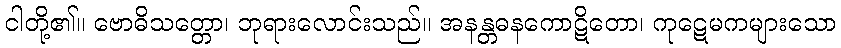
ငါတို့၏။ ဗောဓိသတ္တော၊ ဘုရားလောင်းသည်။ အနန္တဓနကောဋိတော၊ ကုဋေမကများသော